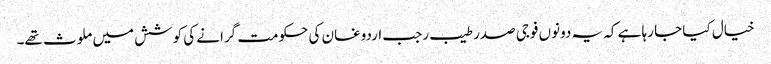
خیال کیا جا رہا ہے کہ یہ دونوں فوجی صدر طیب رجب اردوغان کی حکومت گرانے کی کوشش میں ملوث تھے۔